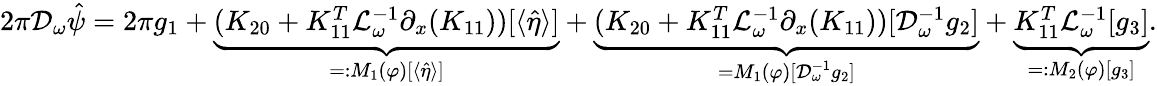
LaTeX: \begin{array}{r}{2\pi\mathcal{D}_{\omega}\hat{\psi}=2\pi g_{1}+\underbrace{(K_{20}+K_{11}^{T}\mathcal{L}_{\omega}^{-1}\partial_{x}(K_{11}))[\langle\hat{\eta}\rangle]}_{=:M_{1}(\varphi)[\langle\hat{\eta}\rangle]}+\underbrace{(K_{20}+K_{11}^{T}\mathcal{L}_{\omega}^{-1}\partial_{x}(K_{11}))[\mathcal{D}_{\omega}^{-1}g_{2}]}_{=M_{1}(\varphi)[\mathcal{D}_{\omega}^{-1}g_{2}]}+\underbrace{K_{11}^{T}\mathcal{L}_{\omega}^{-1}[g_{3}]}_{=:M_{2}(\varphi)[g_{3}]}.}\end{array}